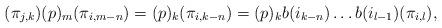
LaTeX: \begin{align*} (\pi_{j,k}) (p)_m (\pi_{i,m-n})= (p)_k (\pi_{i,k-n}) = (p)_k b(i_{k-n}) \dots b(i_{l-1})(\pi_{i,l}), \end{align*}